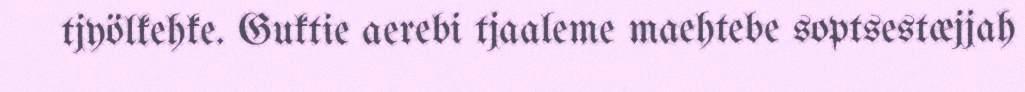
tjyölkehke. Guktie aerebi tjaaleme maehtebe soptsestæjjah